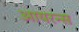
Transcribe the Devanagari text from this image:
आयरन्‍स